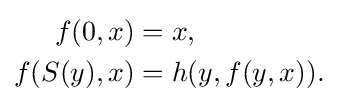
{\begin{aligned}f(0,x)&=x,\\f(S(y),x)&=h(y,f(y,x)).\end{aligned}}